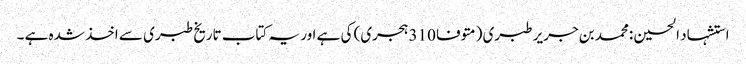
استشہاد الحسین :محمد بن جریر طبری (متوفا 310 ہجری) کی ہے اور یہ کتاب تاریخ طبری سے اخذ شدہ ہے ۔